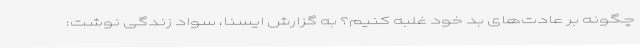
چگونه بر عادت‌های بد خود غلبه کنیم؟ به گزارش ایسنا، سواد زندگی نوشت: